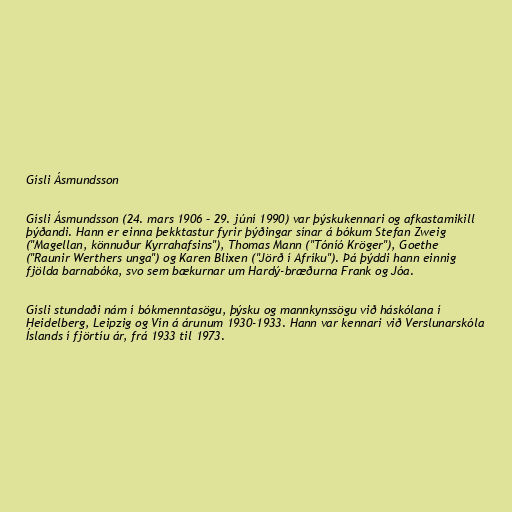
Gísli Ásmundsson

Gísli Ásmundsson (24. mars 1906 – 29. júní 1990) var þýskukennari og afkastamikill
þýðandi. Hann er einna þekktastur fyrir þýðingar sínar á bókum Stefan Zweig
("Magellan, könnuður Kyrrahafsins"), Thomas Mann ("Tóníó Kröger"), Goethe
("Raunir Werthers unga") og Karen Blixen ("Jörð í Afríku"). Þá þýddi hann einnig
fjölda barnabóka, svo sem bækurnar um Hardý-bræðurna Frank og Jóa.

Gísli stundaði nám í bókmenntasögu, þýsku og mannkynssögu við háskólana í
Heidelberg, Leipzig og Vín á árunum 1930-1933. Hann var kennari við Verslunarskóla
Íslands í fjörtíu ár, frá 1933 til 1973.